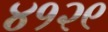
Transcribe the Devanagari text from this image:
४१२९